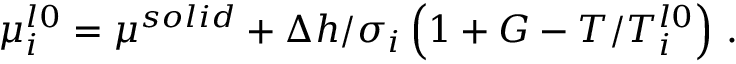
\mu _ { i } ^ { l 0 } = \mu ^ { s o l i d } + \Delta h / \sigma _ { i } \left( 1 + G - T / T _ { i } ^ { l 0 } \right) \, .